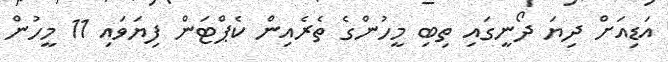
އަޑިއަށް ދިޔަ ދޯނީގައި ތިބި މީހުންގެ ތެރެއިން ކެޕްޓަން ފިޔަވައި 11 މީހުން